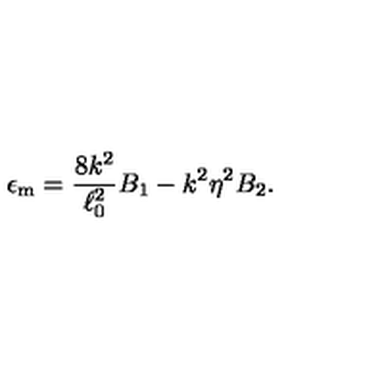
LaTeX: \epsilon _ { \mathrm { m } } = { \frac { 8 k ^ { 2 } } { \ell _ { 0 } ^ { 2 } } } B _ { 1 } - k ^ { 2 } \eta ^ { 2 } B _ { 2 } .